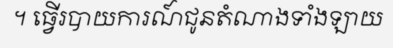
។ ធ្វើរបាយការណ៍ជូនតំណាងទាំងឡាយ